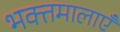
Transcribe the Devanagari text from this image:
भक्तमालाएँ